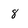
Character: 8